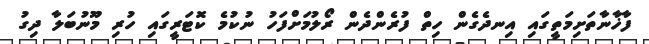
ފާޚާނާތަށިމަތީގައި އިނދެގެން ހިތް ފުރެންދެން ރޯލުމަށްފަހު ނުކުމެ ކޮޓަރީގައި ހުރި މޫނުބަލާ ދިގު